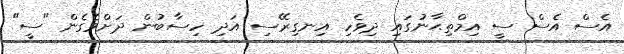
އެސް އެސް ސީ އިމްތިޙާނުގައި ދިވެހި އިނގިރޭސި އަދި ހިސާބުން ދަށްވެގެން "ސީ"